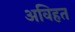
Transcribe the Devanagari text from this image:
अविहत